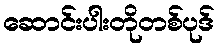
ဆောင်းပါးတိုတစ်ပုဒ်